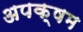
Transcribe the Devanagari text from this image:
अपक्षम